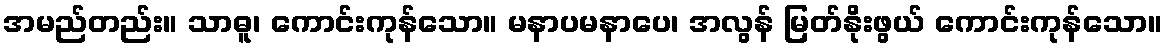
အမည်တည်း။ သာဓူ၊ ကောင်းကုန်သော။ မနာပမနာပေ၊ အလွန် မြတ်နိုးဖွယ် ကောင်းကုန်သော။